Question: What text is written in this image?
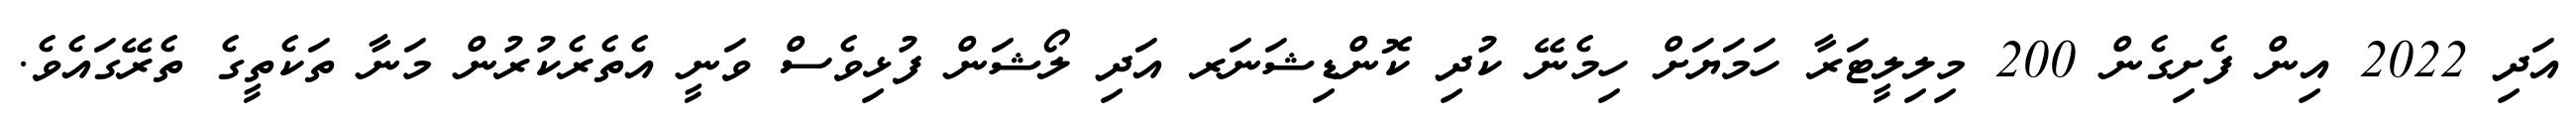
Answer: އަދި 2022 އިން ފެށިގެން 200 މިލިލީޓަރާ ހަމަޔަށް ހިމެނޭ ކުދި ކޮންޑިޝަނަރ އަދި ލޯޝަން ފުޅިވެސް ވަނީ އެތެރެކުރުން މަނާ ތަކެތީގެ ތެރޭގައެވެ.